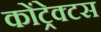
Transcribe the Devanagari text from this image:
कोंट्रेक्टस